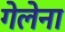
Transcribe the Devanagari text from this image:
गेलेना